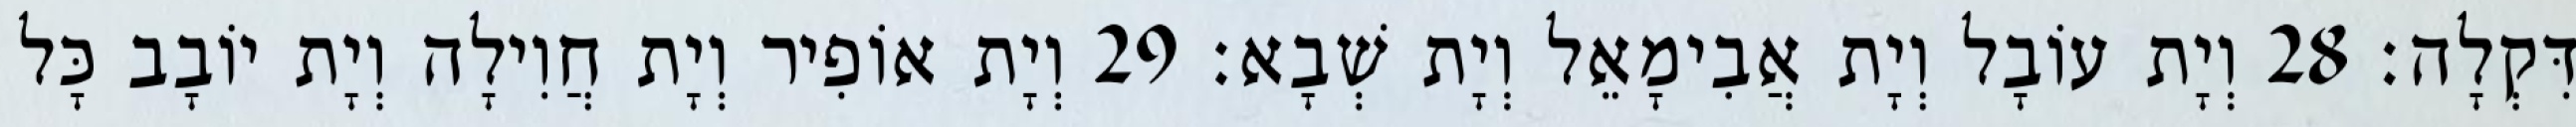
דִּקְלָה׃ 28 וְיָת עוֹבָל וְיָת אֲבִימָאֵל וְיָת שְׁבָא׃ 29 וְיָת אוֹפִיר וְיָת חֲוִילָה וְיָת יוֹבָב כָּל